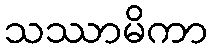
သဿာမိကာ